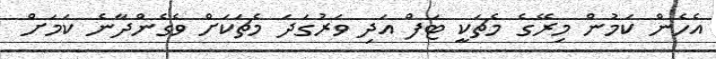
އެހެން ކަމުން މިރޭގެ މެޗަކީ ޓަފް އަދި ވަރުގަދަ މެޗަކަށް ވެގެންދާނެ ކަމަށް